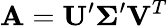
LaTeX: \mathbf{A}=\mathbf{U}^{\prime}\mathbf{\Sigma}^{\prime}\mathbf{V}^{T}